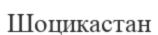
Шоцикастан